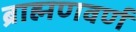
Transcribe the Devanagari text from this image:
ब्राह्मणवर्ण